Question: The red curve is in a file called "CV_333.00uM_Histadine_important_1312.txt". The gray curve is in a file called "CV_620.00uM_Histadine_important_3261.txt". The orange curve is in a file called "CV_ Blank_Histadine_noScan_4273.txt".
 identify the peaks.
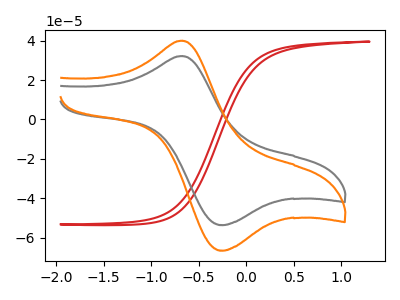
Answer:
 <answer>The red curve "Histadine, 333.00uM" has no peaks. The gray curve "Histadine, 620.00uM" has an anodic peak at (-0.65V, 32.25uA) and a cathodic peak at (-0.25V, -53.60uA). The orange curve "Histadine,  Blank" has an anodic peak at (-0.65V, 40.05uA) and a cathodic peak at (-0.25V, -66.55uA).</answer>
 <eval></eval>